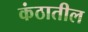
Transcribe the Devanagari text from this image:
कंठातील